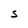
Character: s